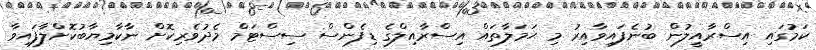
ކަމުގައި އިސްރާއީލުން ބުނެފައިވާއިރު މި ޙަމަލާތައް އިސްރާއިލްގެ ޑިފެންސް ސިސްޓަމް މެދުވެރިކޮށް ނާކާމިޔާބުކޮށްލާފައިވާ